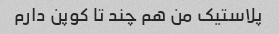
پلاستیک من هم چند تا کوپن دارم